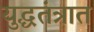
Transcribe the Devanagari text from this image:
युद्धतंत्रात